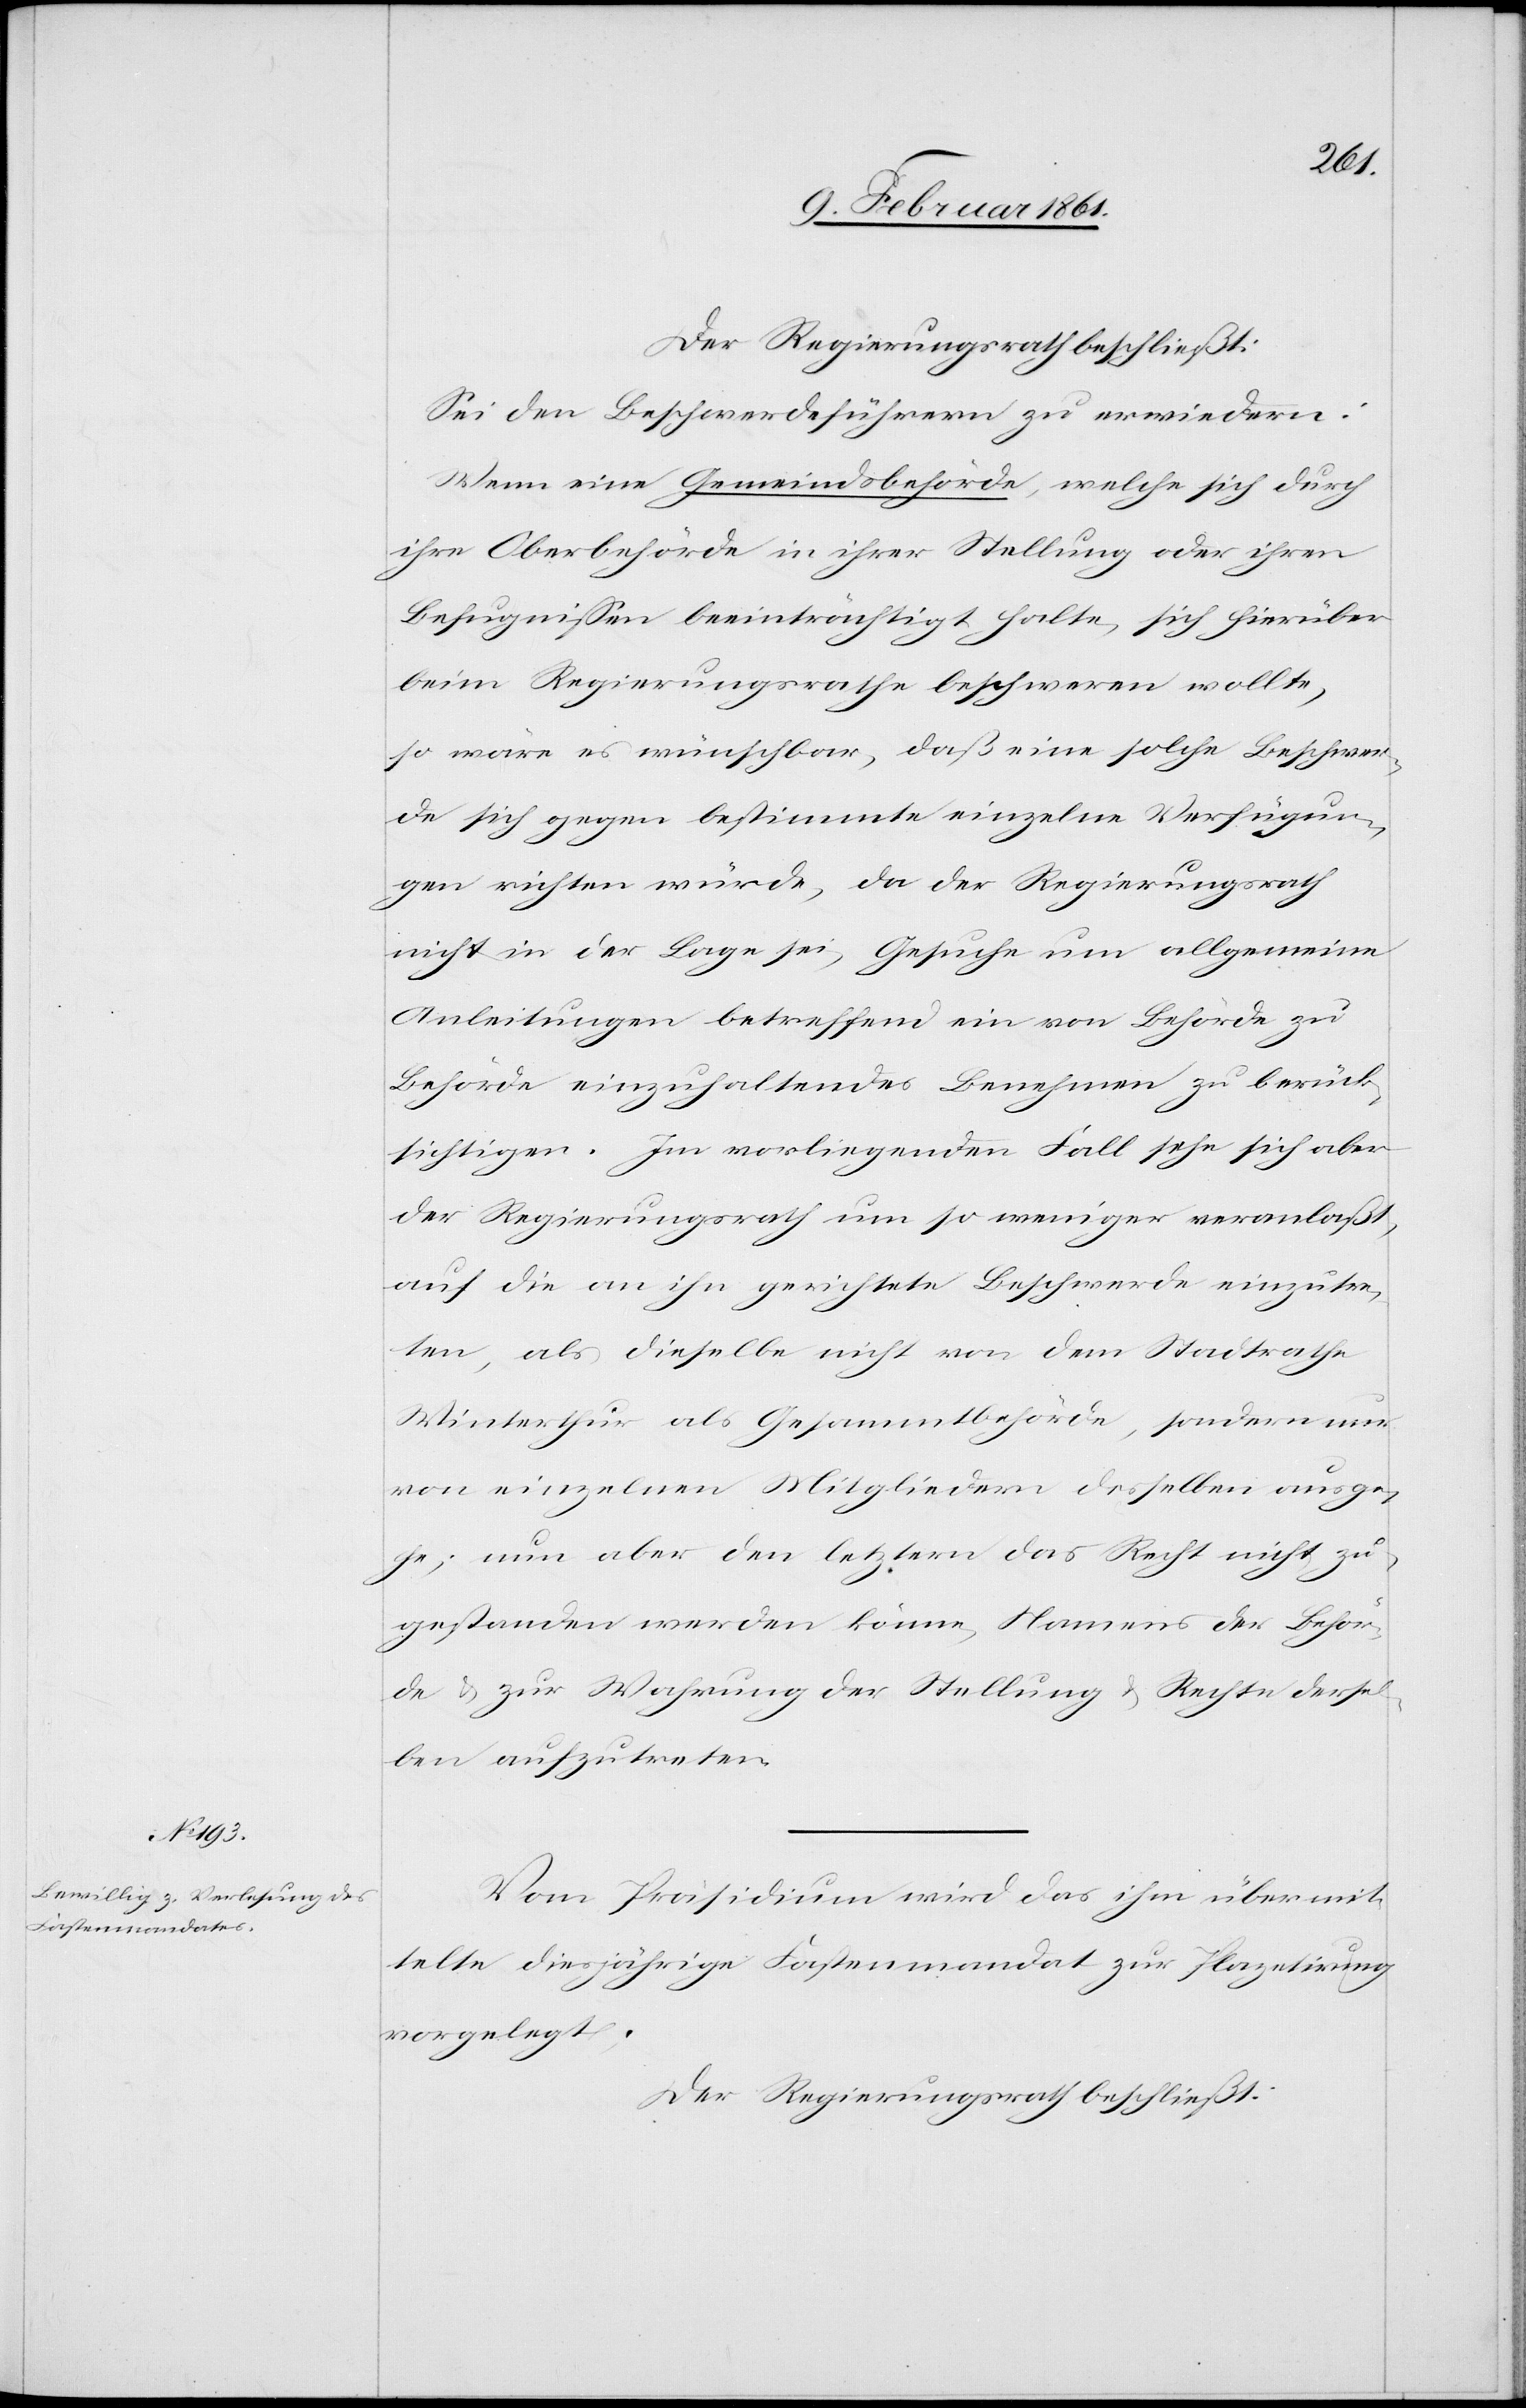
Der Regierungsrath beschließt:
Sei den Beschwerdeführern zu erwiedern:
Wenn eine Gemeindsbehörde, welche sich durch
ihre Oberbehörde in ihrer Stellung oder ihren
Befugnissen beeinträchtigt halte, sich hierüber
beim Regierungsrathe beschweren wollte,
so wäre es wünschbar, daß eine solche Beschwer¬
de sich gegen bestimmte einzelne Verfügun¬
gen richten würde, da der Regierungsrath
nicht in der Lage sei, Gesuche um allgemeine
Anleitungen betreffend ein von Behörde zu
Behörde einzuhaltendes Benehmen zu berück¬
sichtigen. Im vorliegenden Fall sehe sich aber
der Regierungsrath um so weniger veranlaßt,
auf die an ihn gerichtete Beschwerde einzutre¬
ten, als dieselbe nicht von dem Stadtrathe
Winterthur als Gesammtbehörde, sondern nur
von einzelnen Mitgliedern desselben ausge¬
he; nun aber den letztern das Recht nicht zu¬
gestanden werden könne, Namens der Behör¬
de u. zur Wahrung der Stellung u. Rechte dersel¬
ben aufzutreten.
Vom Präsidenten wird das ihm übermit¬
telte diesjährige Fastenmandat zur Plazetirung
vorgelegt.
Der Regierungsrath beschließt: